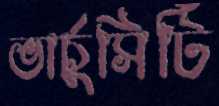
ভার্চুসিটি